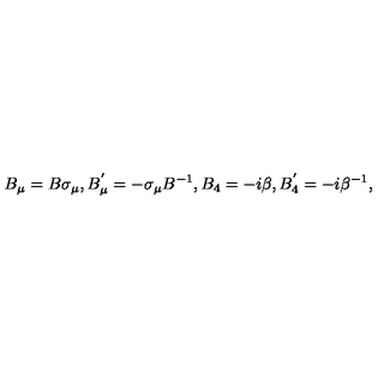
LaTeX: B _ { \mu } = B \sigma _ { \mu } , B _ { \mu } ^ { ' } = - \sigma _ { \mu } B ^ { - 1 } , B _ { 4 } = - i \beta , B _ { 4 } ^ { ' } = - i \beta ^ { - 1 } ,